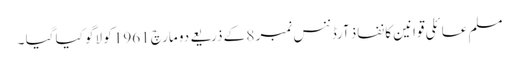
مسلم عائلی قوانین کا نفاذ آرڈننس نمبر 8 کے ذریعے دو مارچ 1961 کو لاگو کیا گیا ۔